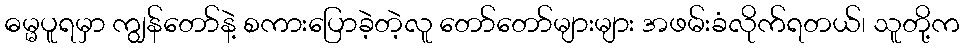
ဓမ္မပူရမှာ ကျွန်တော်နဲ့ စကားပြောခဲ့တဲ့လူ တော်တော်များများ အဖမ်းခံလိုက်ရတယ်၊ သူတို့က